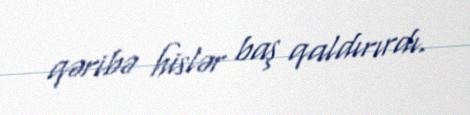
qəribə hislər baş qaldırırdı.